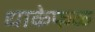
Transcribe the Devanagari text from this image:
धाकेफळ